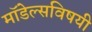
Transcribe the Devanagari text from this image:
मॉडेल्सविषयी